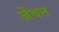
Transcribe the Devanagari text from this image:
जेंवन